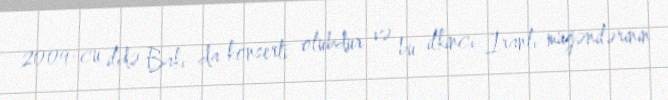
2009-cu ildə Bakı da konserti olubdur və bu ilkinci İranlı müğənilərinin